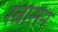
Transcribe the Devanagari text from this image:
रत्नासन